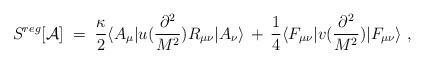
LaTeX: \begin{align*}S^{reg}[{\mathcal A}]\;=\;\frac{\kappa}{2} \langle A_\mu | u(\frac{\partial^2}{M^2}) R_{\mu\nu}| A_\nu \rangle \,+\,\frac{1}{4} \langle F_{\mu\nu}| v(\frac{\partial^2}{M^2})|F_{\mu\nu}\rangle \;,\end{align*}